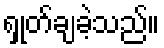
ရှုတ်ချခဲ့သည်။